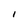
Character: I